Bombay plague: being a history of the progress of plague in the Bombay presidency from September 1896 to June 1899
Year: 1896
Disease focus: Plague
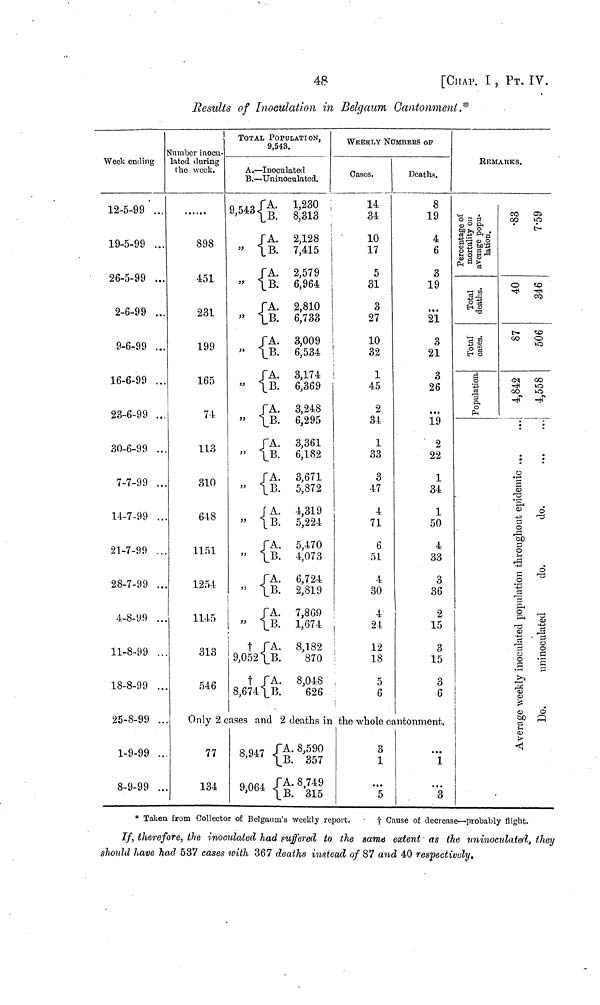
48
[CHAP. I, PT, IV.
Results of Inoculation in Belgaum Cantonment.*
I
Week ending
12-5-99 ...
19-5-99 ...
26-5-99 ...
2-6-99 ...
9-6-99 ...
16-6-99 ...
23-6-99 ...
30-6-99 ..
7-7-99 ..
14-7-99 ..
21-7-99 ..
28-7-99 ..
4-8-99 ..
11-8-99 ..
18-8-99 ..
25-8-99 ..
1-9-99 ..
8-9-99 ..
l
Number inocu-
lated during
the week.
898
451
231
199
165
74
113
310
648
1151
1254
1145
313
546
Only 2 (
77
134
TOTAL POPULATION,
9,543.
A. — Inoculated
B.- Uninoculated.
9,543{A. 1,230
{B 8,313
{A. 2,128
{B.
7,415
{A. 2,579
{B.
6,964
{A. 2,810
,, {B. 6,733
!
{A. 3,009
,, {B.
6,534
JA. 3,174
» \B.
6,369
{A. 3,248
,, {B.
6,295
{A. 3,361
,, {B.
6,182
{A. 3,671
,, {B.
5,872
{A. 4,319
,, {B.
5,224
{A. 5,470
{B.
4,073
{A. 6,724
{B.
2,819
{A. 7,8G9
{\B.
1,674
† {A.
8,182
9,052 {B. 870
† {A.
8,048
8,674 {B. 626
cases and 2 deaths in
8,947 {A. 8,590
{B.
357
9064 {A. 8,749
{B.
315
WEEKLY Nu
Gases.
14
34
10
17
5
31
3
27
10
32
1
45
2
34
1
33
3
47
4
71
6
51
4
30
24
!
12
i
18
5
6
the whole a
3
1
5
NUMBERS OF
Deaths.
8
19
4
6
3
19
21
3
21
3
26
19
2
22
1
34
1
50
4
33
3
36
2
15
3
15
3
6
canotment.
1
3
REMARKS.
•
•
.
* Taken from Collector of Belgaum's weekly report.
†
Cause of decrease—probably flight.
If, therefore, the inoculated had suffered to the same extent as the uninoculated, they
should have had 537 cases with 367 deaths instead of 87 and 40 respectively.